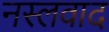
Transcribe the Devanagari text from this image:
नस्‍लवाद